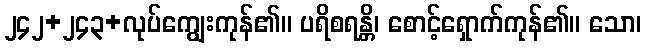
၂၄၂+၂၄၃+လုပ်ကျွေးကုန်၏။ ပရိစရန္တိ၊ စောင့်ရှောက်ကုန်၏။ သော၊